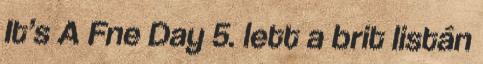
It’s A Fne Day 5. lett a brit listán